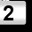
Digit: 2